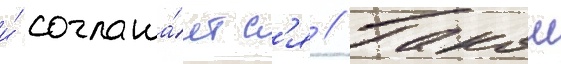
и́ соглаша́етс'я // Такои